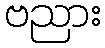
ဗညား